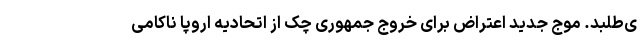
ی‌طلبد. موج جدید اعتراض برای خروج جمهوری چک از اتحادیه اروپا ناکامی